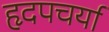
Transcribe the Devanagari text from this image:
हृदपचर्या